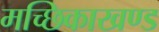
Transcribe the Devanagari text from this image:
मच्छिकाखण्ड